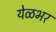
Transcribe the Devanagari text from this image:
येळभर